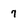
Character: 7